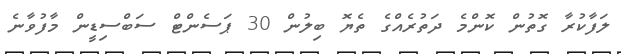
ލަފާކުރާ ގޮތުން ކޮންމެ ދަތުރެއްގެ ތެޔޮ ބިލުން 30 ޕަސެންޓް ސަބްސިޑީން މާފުވާނެ